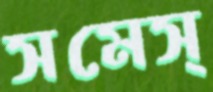
সমেস্